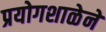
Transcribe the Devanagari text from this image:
प्रयोगशाळेने